Vaccine operations Central Provinces 1868-1885 - 1868-1885
Year: 1868
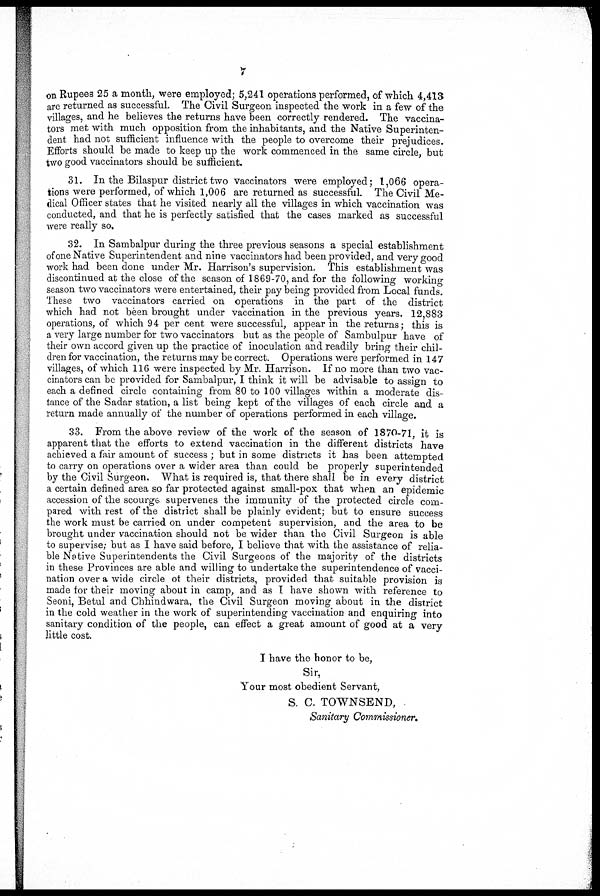
7
on Rupees 25 a month, were employed; 5,241 operations performed, of which 4,413
are returned as successful. The Civil Surgeon inspected the work in a few of the
villages, and he believes the returns have been correctly rendered. The vaccina-
tors met with much opposition from the inhabitants, and the Native Superinten-
dent had not sufficient influence with the people to overcome their prejudices.
Efforts should be made to keep up the work commenced in the same circle, but
two good vaccinators should be sufficient.
31. In the Bilaspur district two vaccinators were employed; 1,066 opera-
tions were performed, of which 1,006 are returned as successful. The Civil Me-
dical Officer states that he visited nearly all the villages in which vaccination was
conducted, and that he is perfectly satisfied that the cases marked as successful
were really so.
32. In Sambalpur during the three previous seasons a special establishment
of one Native Superintendent and nine vaccinators had been provided, and very good
work had been done under Mr. Harrison's supervision. This establishment was
discontinued at the close of the season of 1869-70, and for the following working
season two vaccinators were entertained, their pay being provided from Local funds.
These two vaccinators carried on operations in the part of the district
which had not been brought under vaccination in the previous years. 12,883
operations, of which 94 per cent were successful, appear in the returns; this is
a very large number for two vaccinators but as the people of Sambulpur have of
their own accord given up the practice of inoculation and readily bring their chil-
dren for vaccination, the returns may be correct. Operations were performed in 147
villages, of which 116 were inspected by Mr. Harrison. If no more than two vac-
cinators can be provided for Sambalpur, I think it will be advisable to assign to
each a defined circle containing from 80 to 100 villages within a moderate dis-
tance of the Sadar station, a list being kept of the villages of each circle and a
return made annually of the number of operations performed in each village.
33. From the above review of the work of the season of 1870-71, it is
apparent that the efforts to extend vaccination in the different districts have
achieved a fair amount of success ; but in some districts it has been attempted
to carry on operations over a wider area than could be properly superintended
by the Civil Surgeon. What is required is, that there shall be in every district
a certain defined area so far protected against small-pox that when an epidemic
accession of the scourge supervenes the immunity of the protected circle com-
pared with rest of the district shall be plainly evident; but to ensure success
the work must be carried on under competent supervision, and the area to be
brought under vaccination should not be wider than the Civil Surgeon is able
to supervise; but as I have said before, I believe that with the assistance of relia-
ble Native Superintendents the Civil Surgeons of the majority of the districts
in these Provinces are able and willing to undertake the superintendence of vacci-
nation over a wide circle of their districts, provided that suitable provision is
made for their moving about in camp, and as I have shown with reference to
Seoni, Betul and Chhindwara, the Civil Surgeon moving about in the district
in the cold weather in the work of superintending vaccination and enquiring into
sanitary condition of the people, can effect a great amount of good at a very
little cost.
I have the honor to be,
Sir,
Your most obedient Servant,
S. C. TOWNSEND,
Sanitary Commissioner.